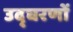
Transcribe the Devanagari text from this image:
उद्घरणों